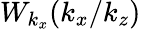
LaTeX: W_{k_{x}}(k_{x}/k_{z})